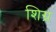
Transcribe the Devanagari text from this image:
शिग्र